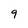
Character: 9